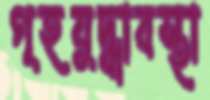
গৃহযুদ্ধাবস্থা